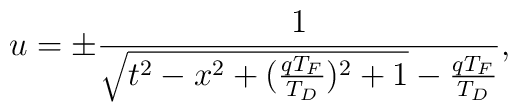
u = \pm \frac{1}{\sqrt{t^2 - x^2 + (\frac{qT_F}{T_D})^2 + 1} - \frac{qT_F}{T_D}},